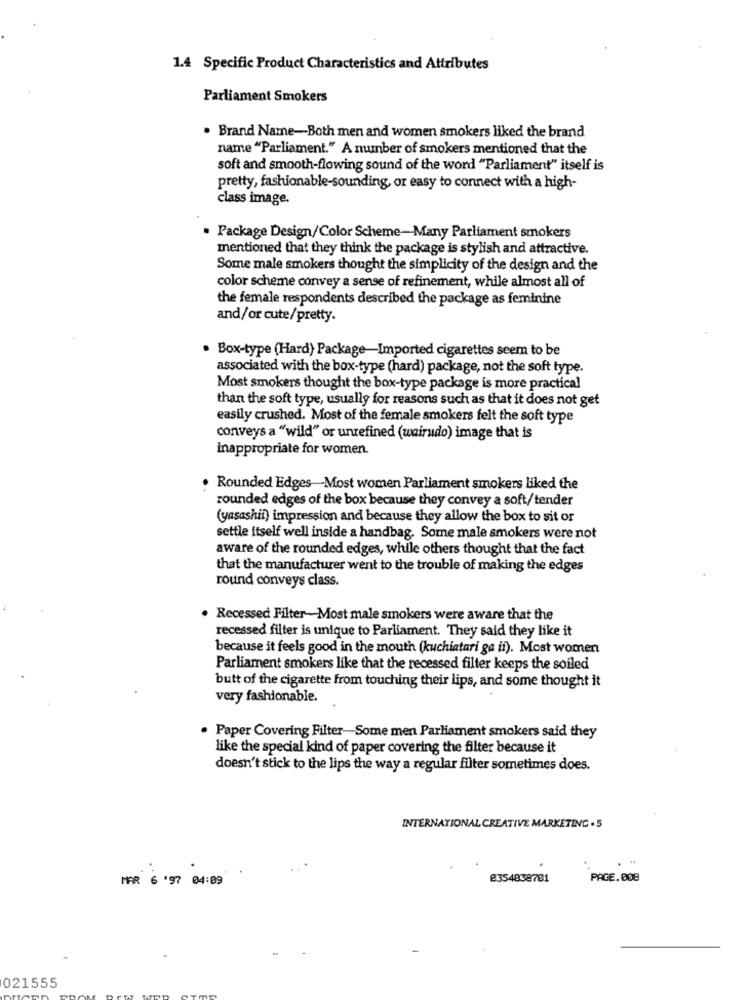
1.4 Specific Product Characteristics and Attributes
Parliament Smokers
. Brand Name-Both men and women smokers liked the brand
name "Parliament." A number of smokers mentioned that the
soft and smooth-flowing sound of the word "Parliament" itself is
pretty, fashionable-sounding, or easy to connect with a high-
class image.
. Package Design/Color Scheme-Many Parliament smokers
mentioned that they think the package is stylish and attractive.
Some male smokers thought the simplicity of the design and the
color scheme convey a sense of refinement, while almost all of
the female respondents described the package as feminine
and/or cute/pretty.
· Box-type (Hard) Package-Imported cigarettes seem to be
associated with the box-type (hard) package, not the soft type.
Most smokers thought the box-type package is more practical
than the soft type, usually for reasons such as that it does not get
easily crushed. Most of the female smokers felt the soft type
conveys a "wild" or unrefined (wairudo) image that is
inappropriate for women.
. Rounded Edges-Most women Parliament smokers liked the
rounded edges of the box because they convey a soft/tender
(yasashii) impression and because they allow the box to sit or
settle itself well inside a handbag. Some male smokers were not
aware of the rounded edges, while others thought that the fact
that the manufacturer went to the trouble of making the edges
round conveys class.
. Recessed Filter-Most male smokers were aware that the
recessed filter is unique to Parliament. They said they like it
because it feels good in the mouth (kuchiatari ga ii). Most women
Parliament smokers like that the recessed filter keeps the soiled
butt of the cigarette from touching their lips, and some thought it
very fashionable.
. Paper Covering Filter-Some men Parliament smokers said they
like the special kind of paper covering the filter because it
doesn't stick to the lips the way a regular filter sometimes does.
INTERNATIONAL CREATIVE MARKETING . 5
MAR 6 '97 04:09
@354838701
PAGE.008
021555